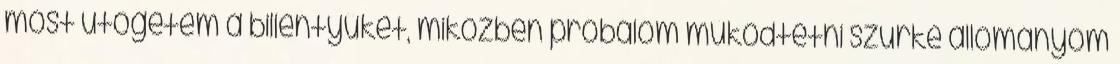
most ütögetem a billentyűket, miközben próbálom működtetni szürke állományom